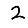
Digit: 2